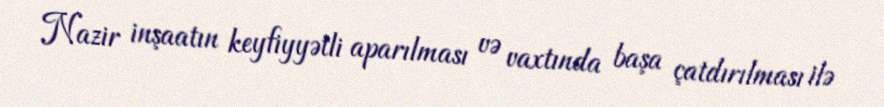
Nazir inşaatın keyfiyyətli aparılması və vaxtında başa çatdırılması ilə